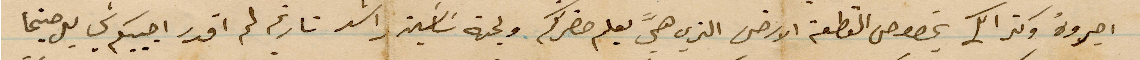
اجروه وكذلك بخصوص القطعة الأرض الذي هي بعلم حضرتكم ولجهة ساسين راشد تاريخ لم اقدر اجيبكم في حينها